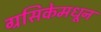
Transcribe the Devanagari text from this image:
ग्रसिकेमधून